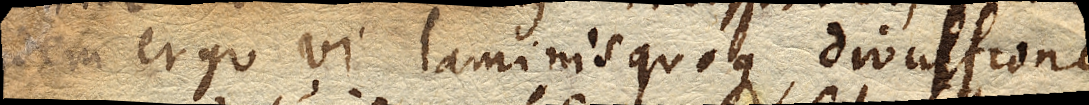
eadem ergo vi laminis quoque divulsione